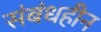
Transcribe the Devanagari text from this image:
संबंधहीन